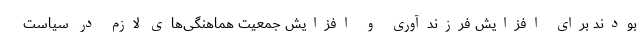
بودند برای افزایش فرزندآوری و افزایش جمعیت هماهنگی‌های لازم در سیاست